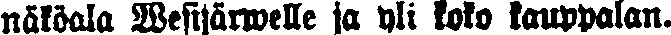
näköala Wesijärwelle ja yli koko kauppalan.